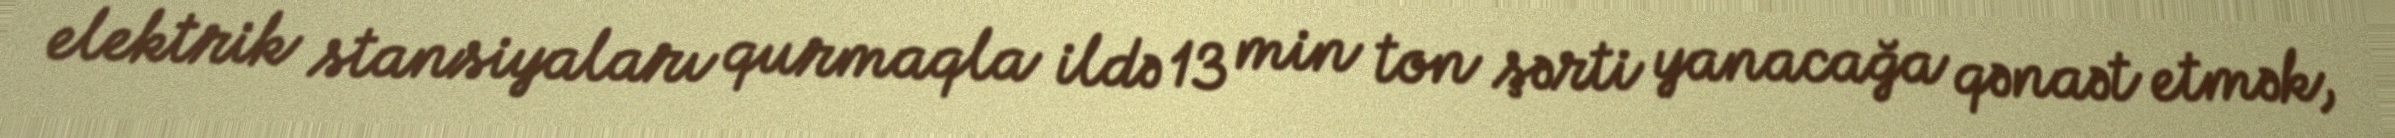
elektrik stansiyaları qurmaqla ildə 13 min ton şərti yanacağa qənaət etmək,